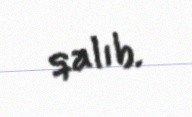
qalıb.